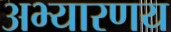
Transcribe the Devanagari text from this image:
अभ्‍यारणय